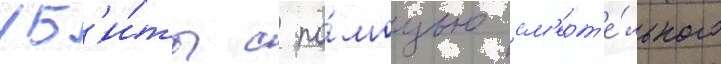
уб'и́ты с по́мощью см'ерт'е́льного